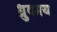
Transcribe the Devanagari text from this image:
ध्रुवमय